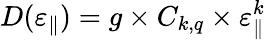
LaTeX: D(\varepsilon_{\parallel})=g\times C_{k,q}\times\varepsilon_{\parallel}^{k}